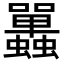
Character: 𧕦